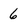
Character: 6